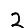
Digit: 2